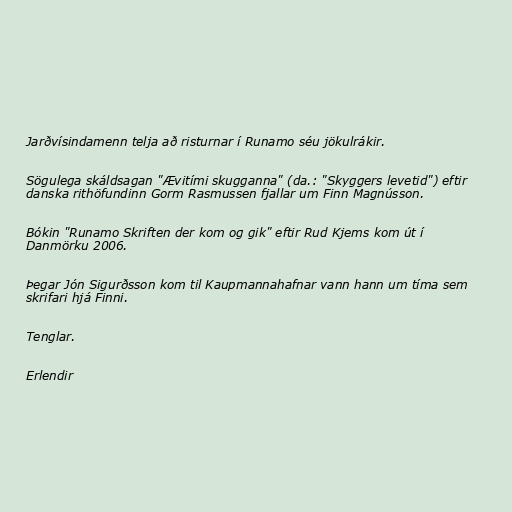
Jarðvísindamenn telja að risturnar í Runamo séu jökulrákir.

Sögulega skáldsagan "Ævitími skugganna" (da.: "Skyggers levetid") eftir
danska rithöfundinn Gorm Rasmussen fjallar um Finn Magnússon.

Bókin "Runamo Skriften der kom og gik" eftir Rud Kjems kom út í
Danmörku 2006.

Þegar Jón Sigurðsson kom til Kaupmannahafnar vann hann um tíma sem
skrifari hjá Finni.

Tenglar.

Erlendir